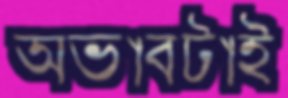
অভাবটাই